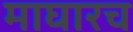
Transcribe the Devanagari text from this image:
माघारच